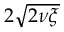
2 \sqrt { 2 \nu \xi }